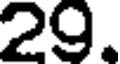
29.